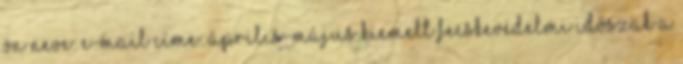
Ön neve: E-mail címe: Április-május kiemelt fecskevédelmi időszak a